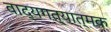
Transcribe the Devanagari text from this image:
वाद्यगत्यात्मक